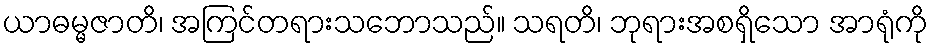
ယာဓမ္မဇာတိ၊ အကြင်တရားသဘောသည်။ သရတိ၊ ဘုရားအစရှိသော အာရုံကို